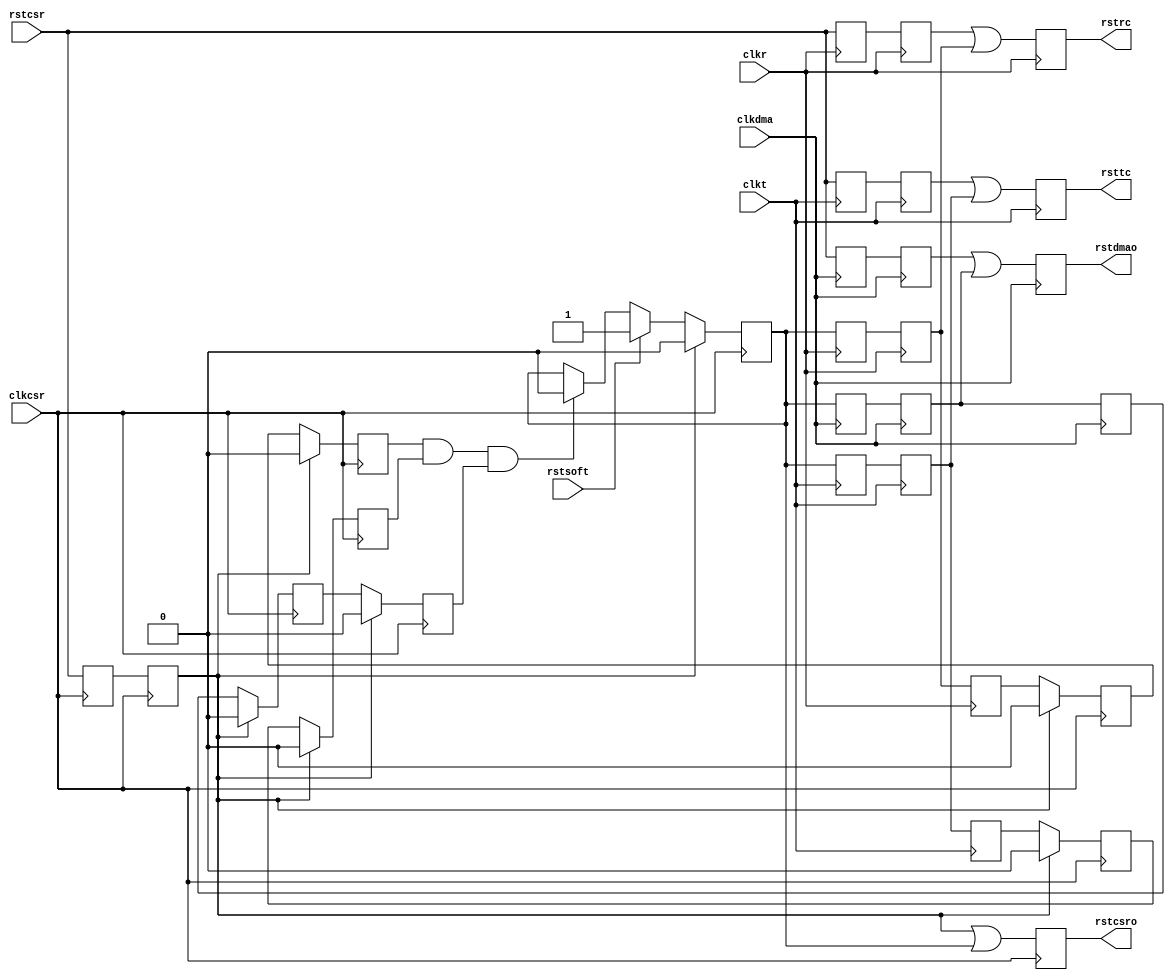
module RSTC (
  clkdma,
  clkcsr,
  clkt,
  clkr,
  rstcsr,
  rstsoft,
  rsttc,
  rstrc,
  rstdmao,
  rstcsro
  );

  input     clkdma; 
  input     clkcsr; 
  input     clkt; 
  input     clkr; 
  
  input     rstcsr; 
  input     rstsoft; 
  output    rsttc; 
  reg       rsttc;
  output    rstrc; 
  reg       rstrc;
  output    rstdmao; 
  reg       rstdmao;
  output    rstcsro; 
  reg       rstcsro;


  reg       rstsoft_rc1; 
  reg       rstsoft_rc2; 
  reg       rstsoft_rc3; 
  reg       rstsoft_tc1; 
  reg       rstsoft_tc2; 
  reg       rstsoft_tc3; 
  reg       rstsoft_dma1; 
  reg       rstsoft_dma2; 
  reg       rstsoft_dma3; 
  reg       rstsoft_csr; 
  reg       rstsoft_dma_csr1;
  reg       rstsoft_dma_csr2;
  reg       rstsoft_rc_csr1;
  reg       rstsoft_rc_csr2;
  reg       rstsoft_tc_csr1;
  reg       rstsoft_tc_csr2;
  reg       rstcsr_r1;
  reg       rstcsr_r2;
  reg       rstcsr_tc1;
  reg       rstcsr_tc2;
  reg       rstcsr_rc1;
  reg       rstcsr_rc2;
  reg       rstcsr_dma1;
  reg       rstcsr_dma2;

  
  always @(posedge clkcsr)
  begin : rstsoft_csr_reg_proc
    if (rstcsr_r2)
    begin
      rstsoft_csr      <= 1'b0 ; 
      rstsoft_dma_csr1 <= 1'b0 ;
      rstsoft_dma_csr2 <= 1'b0 ;
      rstsoft_tc_csr1  <= 1'b0 ;
      rstsoft_tc_csr2  <= 1'b0 ;
      rstsoft_rc_csr1  <= 1'b0 ;
      rstsoft_rc_csr2  <= 1'b0 ;
    end
    else
    begin
      if (rstsoft)
      begin
        rstsoft_csr <= 1'b1 ; 
      end
      else if (rstsoft_rc_csr2 & rstsoft_tc_csr2 & rstsoft_dma_csr2)
      begin
        rstsoft_csr    <= 1'b0 ;
      end 
      rstsoft_dma_csr1 <= rstsoft_dma3;
      rstsoft_dma_csr2 <= rstsoft_dma_csr1;
      rstsoft_tc_csr1  <= rstsoft_tc3;
      rstsoft_tc_csr2  <= rstsoft_tc_csr1;
      rstsoft_rc_csr1  <= rstsoft_rc3;
      rstsoft_rc_csr2  <= rstsoft_rc_csr1;	
    end  
  end 

  always @(posedge clkcsr)
  begin : rstcsro_reg_proc
    rstcsr_r1 <= rstcsr;
    rstcsr_r2 <= rstcsr_r1;
    rstcsro   <= rstcsr_r2 | rstsoft_csr;
  end 

  always @(posedge clkr)
  begin : rstrc_reg_proc
      rstcsr_rc1  <= rstcsr;
      rstcsr_rc2  <= rstcsr_rc1;
      rstsoft_rc1 <= rstsoft_csr;
      rstsoft_rc2 <= rstsoft_rc1;
      rstsoft_rc3 <= rstsoft_rc2;
      rstrc       <= rstcsr_rc2 | rstsoft_rc2;
  end 

  always @(posedge clkt)
  begin : rsttc_proc
    rstcsr_tc1  <= rstcsr;
    rstcsr_tc2  <= rstcsr_tc1;
    rstsoft_tc1 <= rstsoft_csr;
    rstsoft_tc2 <= rstsoft_tc1;
    rstsoft_tc3 <= rstsoft_tc2;
    rsttc       <= rstcsr_tc2 | rstsoft_tc2;
  end 

  always @(posedge clkdma)
  begin : rstdma_reg_proc
    rstcsr_dma1  <= rstcsr;
    rstcsr_dma2  <= rstcsr_dma1;
    rstsoft_dma1 <= rstsoft_csr;
    rstsoft_dma2 <= rstsoft_dma1;
    rstsoft_dma3 <= rstsoft_dma2;
    rstdmao <= rstcsr_dma2 | rstsoft_dma2;
  end 

endmodule